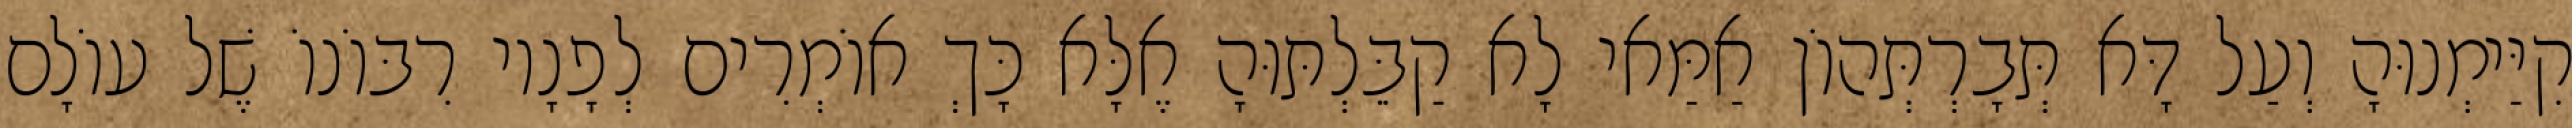
קִיַּימְנוּהָ וְעַל דָּא תְּבָרְתְּהוֹן אַמַּאי לָא קַבֵּלְתּוּהָ אֶלָּא כָּךְ אוֹמְרִים לְפָנָיו רִבּוֹנוֹ שֶׁל עוֹלָם